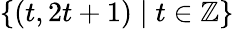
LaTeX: \{ (t,2t+1)\mid t\in\mathbb{Z}\}